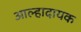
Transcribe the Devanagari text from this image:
आल्हादायक